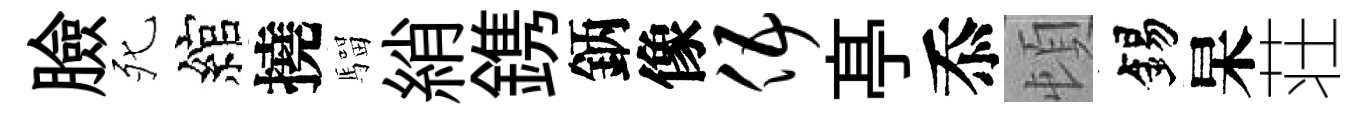
臉死綰撓騮綃鎸鈵像伍𠅘忝頓錫杲荘